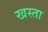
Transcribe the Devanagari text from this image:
खस्‍ता